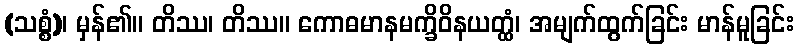
(သစ္စံ)၊ မှန်၏။ တိဿ၊ တိဿ။ ကောဓမာနမက္ခိဝိနယတ္ထံ၊ အမျက်ထွက်ခြင်း မာန်မူခြင်း